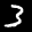
Label: 3